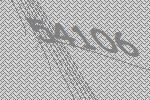
54106